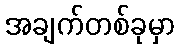
အချက်တစ်ခုမှာ